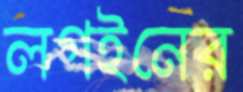
লগইনের